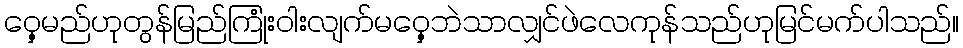
ဝှေ့မည်ဟုတွန်မြည်ကြုံးဝါးလျက်မဝှေ့ဘဲသာလျှင်ဖဲလေကုန်သည်ဟုမြင်မက်ပါသည်။